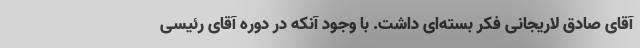
آقای صادق لاریجانی فکر بسته‌ای داشت. با وجود آنکه در دوره آقای رئیسی